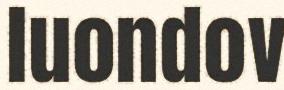
luondov